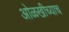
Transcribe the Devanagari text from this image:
ओळखीच्याच